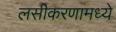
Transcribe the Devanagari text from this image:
लसीकरणामध्ये